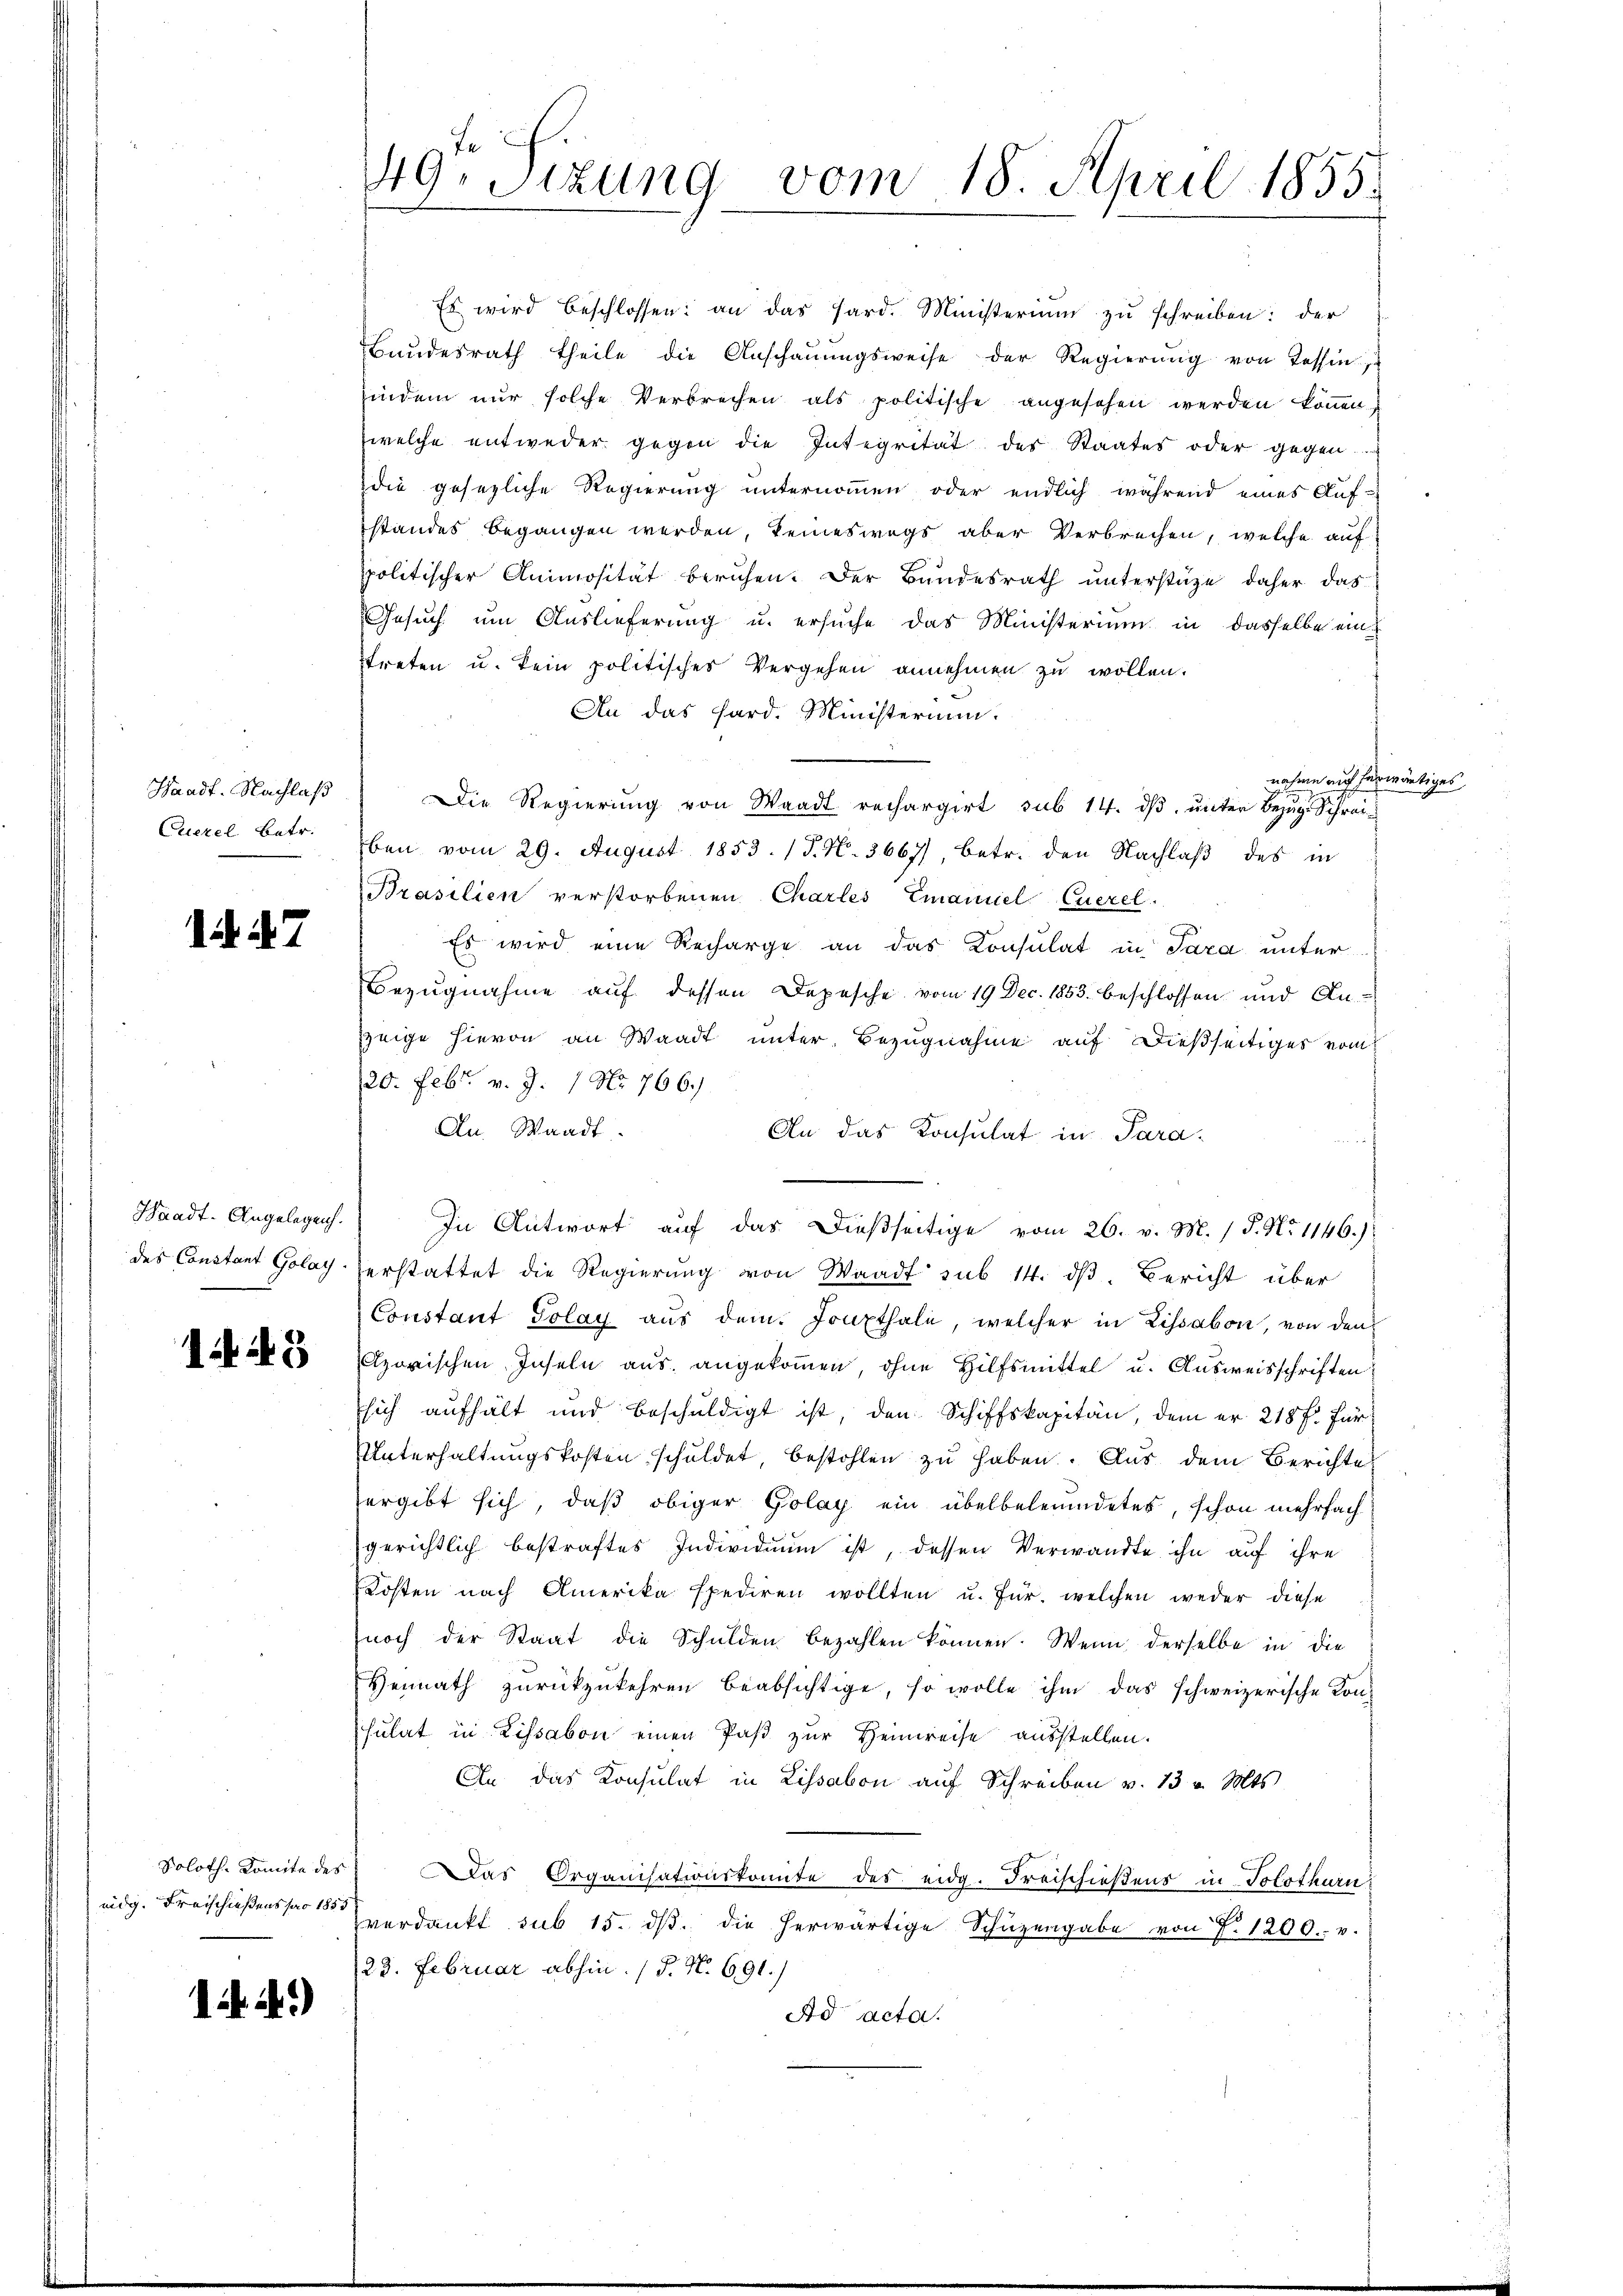
Cuezel betr.

i. 187

Waadt-Angelegen.

1445

eidg. Fraischießens pro 1855

A.)

Es wird beschlossen: an das Pard. Ministerium zu schreiben: der
andesrath theile die Anschaŭŭngsweise der Regierŭng von Tessin,
indem nur solche Verbrechen als politische angesehen werden können.
welche entweder gegen die Integrität der Staates oder gegen.
die gesezliche Regierung unternommen, oder endlich während eines Auf-
standes begangen werden, keineswegs aber Verbrechen, welche auf
politischer Animosität beruhen. Der Bundesrath unterstüze, daher das
Gesuch um Auslieferung u. ersuche das Ministerium in dasselbe eintreten u. kein politischer Vergehen annehmen zu wollen.
An das Sard. Ministerium.
nahme auch herwärtiges
Waadt. Nachlaβ die Regierŭng von Waadt rechargirt sub 14. dβ ŭnter Bezŭg Schrei-
ben vom 29. August 1853. (T. N. 3667), betr. den Nachlaß des in
Brasilien verstorbenen Charles Emaniel Euerel
Es wird eine Recharge an das Konsulat in Sara unter
Bezŭgnahme aŭf dessen Depesche vom 19. Dec. 1853. beschlossen und An-
zeige hievon an Waadt unter Bezugnahme auf dießseitiges vom
20. Febr. v. J. 1 No 766.)
An Waadt.
An das Konsulat in Para-
In Antwort auf das dießseitige vom 26. v. M. / P. No 1146.)
des Constant Golayserstattet die Regierung von Waadt sub 14. dß. Bericht über
Constant Golay aŭs dem Jouxthale, welcher in Lissabon, von den
zorischen Inseln aus angekommen, ohne Hilfsmittel u. Ausweisschriften
sich aufhält und beschuldigt ist, den Schiffskapitan, dem er 218 f. für
Unterhaltungskosten schuldet, bestohlen zu haben. Aus dem Berichte
ergibt sich, daß obiger Golay ein übelbeleumdetes, schon mehrfachgerichtlich bestraftes Individuum ist, dessen Verwandte ihn auf ihre
Kosten nach Amerika spediren wollten u. für welchen weder diese
noch der Staat die Schulden bezahlen können. Wenn derselbe in die
Heimath zurückzukehren beabsichtige, so wolle ihm das schweizerische Kon-
sulat in Lissabon einen Paß zur Heimreise ausstellen.
An das Konsulat in Lissabon auf Schreiben v. 13 v. Mts.
Soloth. Komite des Das Organisationskomite des eidg. Freischießens in Solothurn
verdankt sub 15. dβ. die herwärtige Schüzengabe von 7. 1200. v.
/23. Februar abhin. (T. N. 691.)
Ad acta.

49. Sitzung vom 18. April 1855.